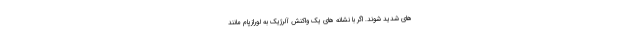
های شدید شوند. اگر با نشانه های یک واکنش آلرژیک به لورازپام مانند